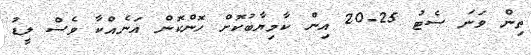
ތިން ވަނަ ސެޓު 25-20 އިން ކާމިޔާބުކޮށް ހޮންކޮން އަނެއްކާ ވެސް ލީޑު